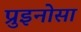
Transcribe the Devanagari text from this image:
प्रुइनोसा